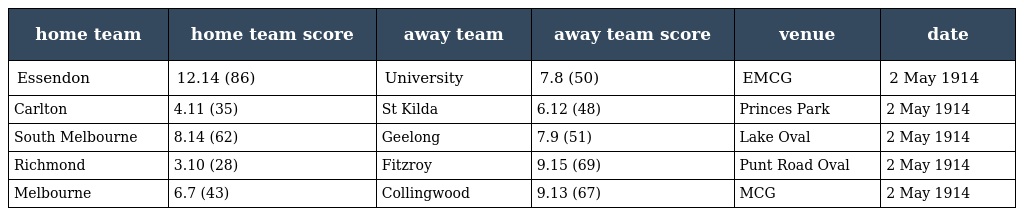
| home team | home team score | away team | away team score | venue | date |
 | --- | --- | --- | --- | --- | --- |
 | Essendon | 12.14 (86) | University | 7.8 (50) | EMCG | 2 May 1914 |
 | Carlton | 4.11 (35) | St Kilda | 6.12 (48) | Princes Park | 2 May 1914 |
 | South Melbourne | 8.14 (62) | Geelong | 7.9 (51) | Lake Oval | 2 May 1914 |
 | Richmond | 3.10 (28) | Fitzroy | 9.15 (69) | Punt Road Oval | 2 May 1914 |
 | Melbourne | 6.7 (43) | Collingwood | 9.13 (67) | MCG | 2 May 1914 |